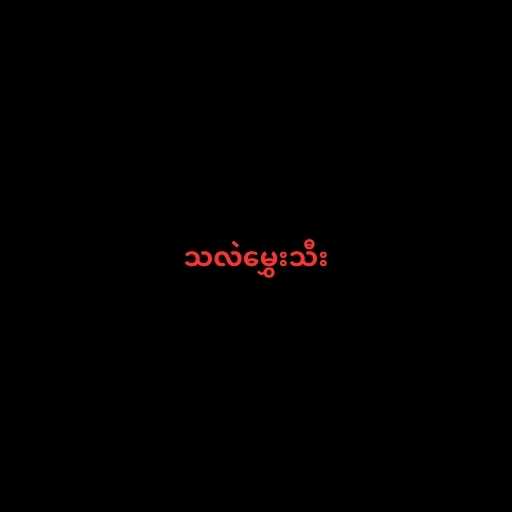
သလဲမွှေးသီး